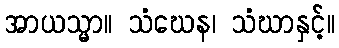
အာယသ္မာ။ သံဃေန၊ သံဃာနှင့်။